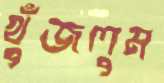
খুঁজলুম